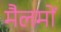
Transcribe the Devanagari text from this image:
मैलमों